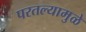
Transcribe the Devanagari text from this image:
परतल्यामुळे